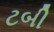
ટબી